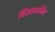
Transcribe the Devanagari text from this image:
बिआनजिंग